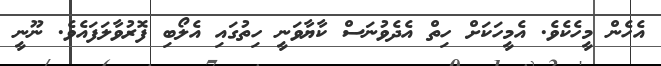
އެހެން މީހެކެވެ. އެމީހަކަށް ހިތް އެދެވުނަސް ކާޔާވަނީ ހިތުގައި އެލޯބި ފޮރުވާލަފައެވެ. ނޫނީ